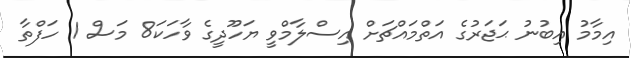
އިިމާމު އިބުނު ޙަޖަރުގެ އަތްމައްޗަށް އިސްލާމްވީ ޔަހޫދީގެ ވާހަކަ8 މަސް 1 ހަފްތާ